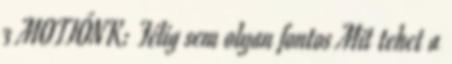
3 MOTTÓNK: Félig sem olyan fontos Mit tehet a